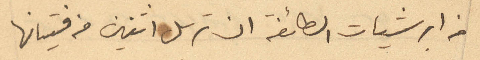
من ابرشيات الطائفة ان ترسل اثنين من فتيانها